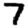
Digit: 7